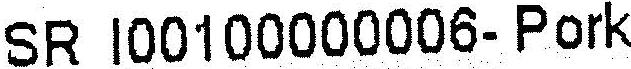
SR I00100000006- PORK